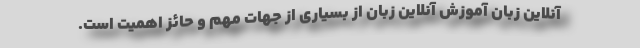
آنلاین زبان آموزش آنلاین زبان از بسیاری از جهات مهم و حائز اهمیت است.